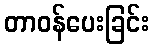
တာဝန်ပေးခြင်း